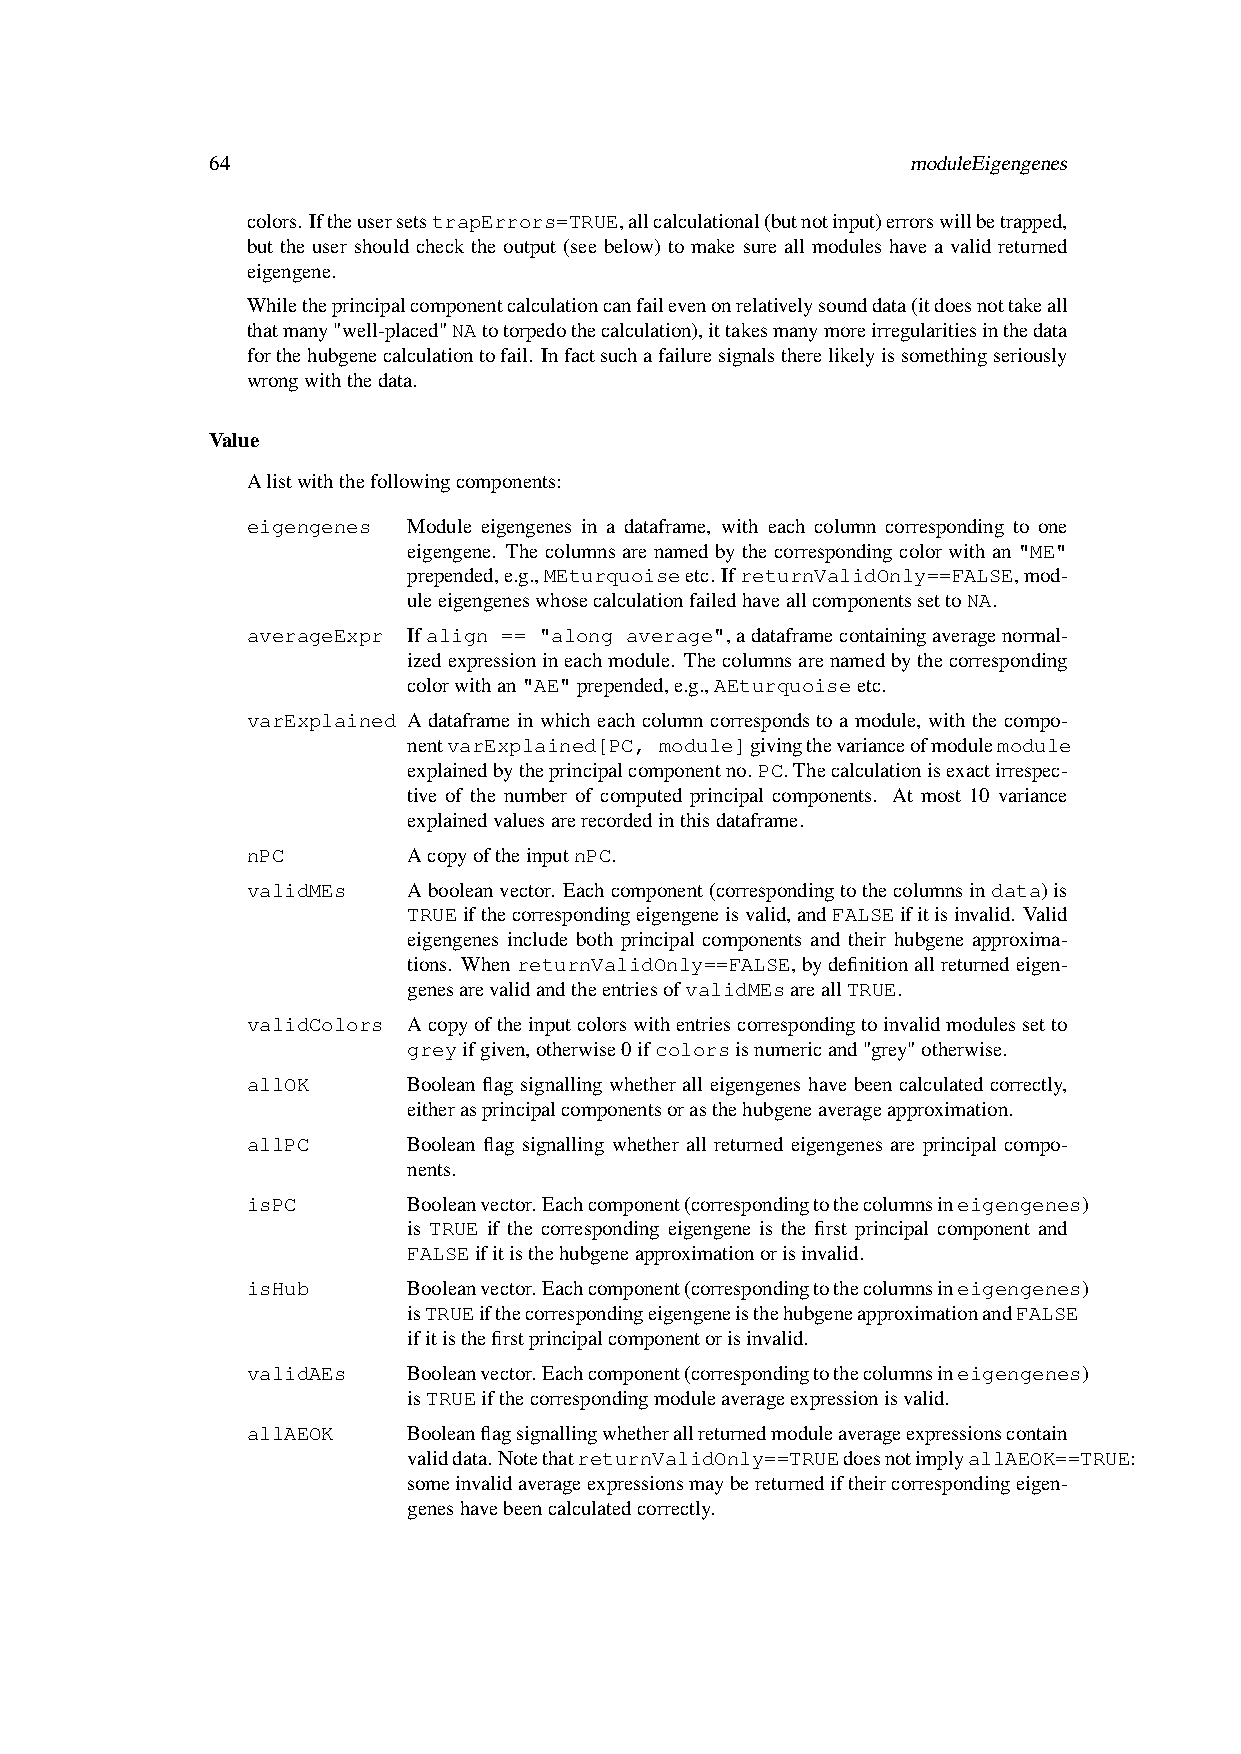
64                                            moduleEigengenes
 colors.IftheusersetstrapErrors=TRUE,allcalculational(butnotinput)errorswillbetrapped,
 but the user should check the output (see below) to make sure all modules have a valid returned
 eigengene.
 Whiletheprincipalcomponentcalculationcanfailevenonrelativelysounddata(itdoesnottakeall
 thatmany"well-placed"NAtotorpedothecalculation),ittakesmanymoreirregularitiesinthedata
 forthehubgenecalculationtofail. Infactsuchafailuresignalstherelikelyissomethingseriously
 wrongwiththedata.
 Value
 Alistwiththefollowingcomponents:
 eigengenes Module eigengenes in a dataframe, with each column corresponding to one
 eigengene. The columns are named by the corresponding color with an "ME"
 prepended,e.g.,MEturquoiseetc. IfreturnValidOnly==FALSE,mod-
 uleeigengeneswhosecalculationfailedhaveallcomponentssettoNA.
 averageExpr Ifalign == "along average",adataframecontainingaveragenormal-
 izedexpressionineachmodule. Thecolumnsarenamedbythecorresponding
 colorwithan"AE"prepended,e.g.,AEturquoiseetc.
 varExplained A dataframe in which each column corresponds to a module, with the compo-
 nentvarExplained[PC, module]givingthevarianceofmodulemodule
 explainedbytheprincipalcomponentno. PC.Thecalculationisexactirrespec-
 tive of the number of computed principal components. At most 10 variance
 explainedvaluesarerecordedinthisdataframe.
 nPC        AcopyoftheinputnPC.
 validMEs   Abooleanvector. Eachcomponent(correspondingtothecolumnsindata)is
 TRUEifthecorrespondingeigengeneisvalid,andFALSEifitisinvalid. Valid
 eigengenes include both principal components and their hubgene approxima-
 tions. WhenreturnValidOnly==FALSE,bydefinitionallreturnedeigen-
 genesarevalidandtheentriesofvalidMEsareallTRUE.
 validColors Acopyoftheinputcolorswithentriescorrespondingtoinvalidmodulessetto
 greyifgiven,otherwise0ifcolorsisnumericand"grey"otherwise.
 allOK      Boolean flag signalling whether all eigengenes have been calculated correctly,
 eitherasprincipalcomponentsorasthehubgeneaverageapproximation.
 allPC      Boolean flag signalling whether all returned eigengenes are principal compo-
 nents.
 isPC       Booleanvector.Eachcomponent(correspondingtothecolumnsineigengenes)
 is TRUE if the corresponding eigengene is the first principal component and
 FALSEifitisthehubgeneapproximationorisinvalid.
 isHub      Booleanvector.Eachcomponent(correspondingtothecolumnsineigengenes)
 isTRUEifthecorrespondingeigengeneisthehubgeneapproximationandFALSE
 ifitisthefirstprincipalcomponentorisinvalid.
 validAEs   Booleanvector.Eachcomponent(correspondingtothecolumnsineigengenes)
 isTRUEifthecorrespondingmoduleaverageexpressionisvalid.
 allAEOK    Booleanflagsignallingwhetherallreturnedmoduleaverageexpressionscontain
 validdata.NotethatreturnValidOnly==TRUEdoesnotimplyallAEOK==TRUE:
 someinvalidaverageexpressionsmaybereturnediftheircorrespondingeigen-
 geneshavebeencalculatedcorrectly.